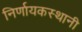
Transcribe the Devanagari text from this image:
निर्णायकस्थानी